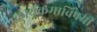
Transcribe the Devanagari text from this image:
कार्यक्रमाविषयी